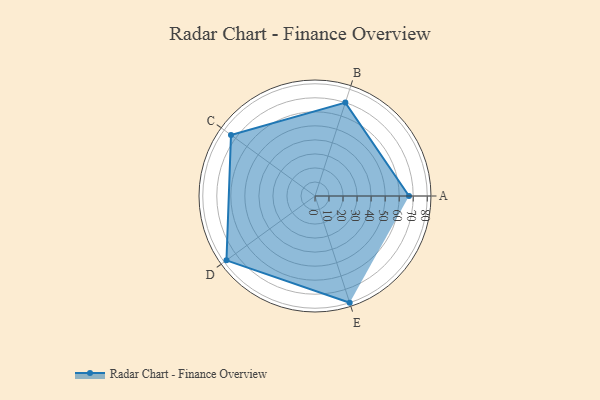
{"axis": {"x": "Skill", "y": "Score"}, "legend": ["Profile"], "data": [{"x": "A", "y": 67.0, "type": "Profile"}, {"x": "B", "y": 70.0, "type": "Profile"}, {"x": "C", "y": 74.0, "type": "Profile"}, {"x": "D", "y": 78.0, "type": "Profile"}, {"x": "E", "y": 80.0, "type": "Profile"}]}